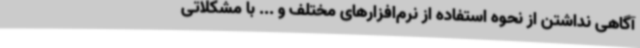
آگاهی نداشتن از نحوه استفاده از نرم‌افزارهای مختلف و ... با مشکلاتی